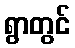
ရွာတွင်